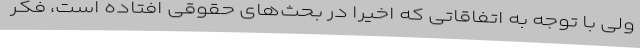
ولی با توجه به اتفاقاتی که اخیرا در بحث‌های حقوقی افتاده است، فکر